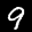
Label: 9